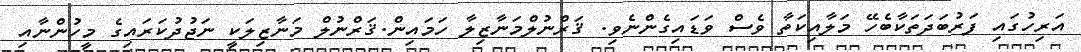
އަރިހުގައި ފަރުބަދަތަކާބެހޭ މަލާއިކަތާ ވެސް ވަޑައިގެންނެވި. ޤަރްނުލްމަނާޒިލާ ހަމައިން.ޤަރްނުލް މަނާޒިލަކީ ނަޖުދުކަރައިގެ މީހުންނާއި